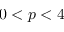
0 < p < 4